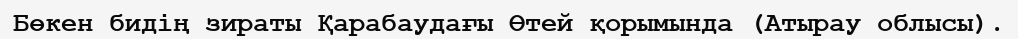
Бөкен бидің зираты Қарабаудағы Өтей қорымында (Атырау облысы).